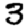
Digit: 3